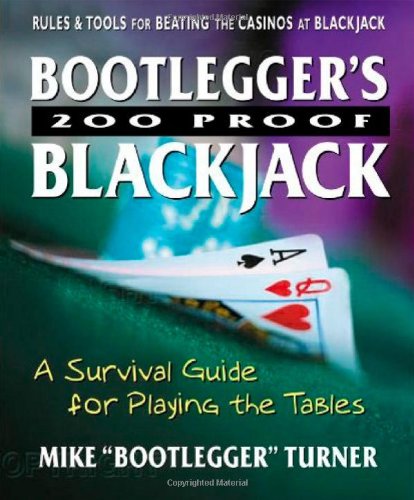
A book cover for Bootlegger's 200 Proof Blackjack: A Survival Guide for Playing the Tables; Mike "Bootlegger" Turner; Humor & Entertainment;